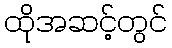
ထိုအဆင့်တွင်